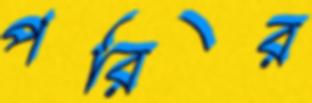
পরির